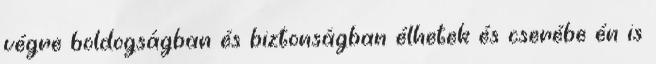
végre boldogságban és biztonságban élhetek és cserébe én is